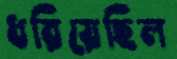
ধরিয়েছিল